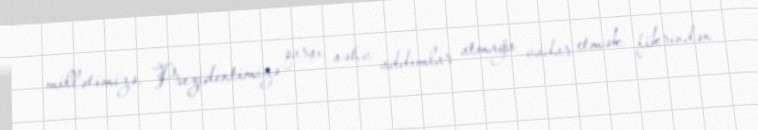
millətimizə, Prezidentimizə qarşı səhv addımlar atmağa vadar etmək fikrindən